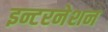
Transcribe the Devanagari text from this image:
इन्टरनेशन